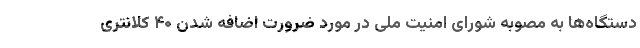
دستگاه‌ها به مصوبه شورای امنیت ملی در مورد ضرورت اضافه شدن ۴۰ کلانتری